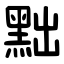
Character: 黜